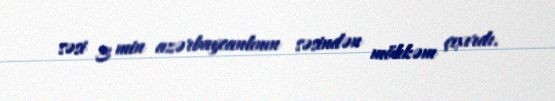
səsi 3 min azərbaycanlının səsindən möhkəm çıxırdı.